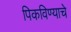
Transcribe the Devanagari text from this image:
पिकविण्याचे